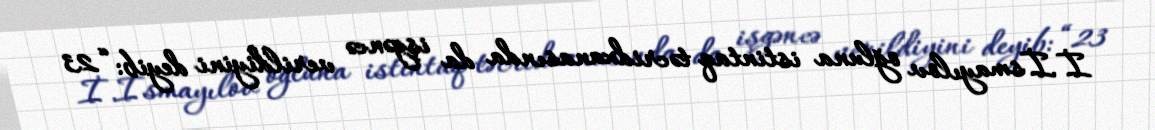
İ.İsmayılov oğluna istintaq təcridxanasında da işgəncə verildiyini deyib: “23